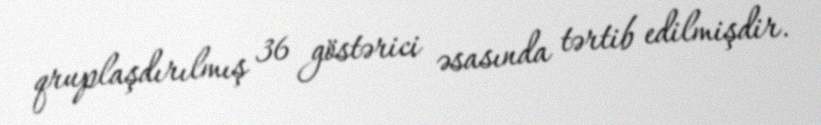
qruplaşdırılmış 36 göstərici əsasında tərtib edilmişdir.